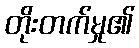
တိုးတက်မှု၏